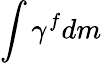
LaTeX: \int\gamma^{f}dm